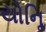
યોનિૢ